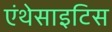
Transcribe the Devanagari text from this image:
एंथेसाइटिस